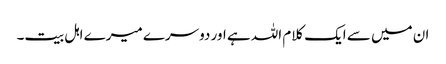
ان میں سے ایک کلام اللہ ہے اور دوسرے میرے اہل بیت۔